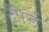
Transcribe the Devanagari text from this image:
टेपर्ड